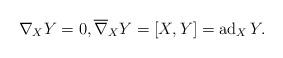
\begin{gather*} \nabla _X Y = 0 , \overline{ \nabla } _X Y = [X, Y] = \operatorname{ad} _X Y . \end{gather*}